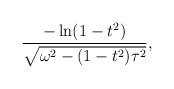
LaTeX: \begin{align*}\frac{-\ln(1-t^{2})}{\sqrt{\omega^{2}-(1-t^{2})\tau^{2}}},\end{align*}